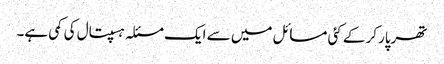
تھرپارکر کے کئی مسائل میں سے ایک مسئلہ ہسپتال کی کمی ہے۔